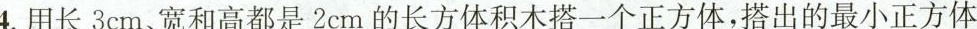
4.用长3cm、宽和高都是2cm的长方体积木搭一个正方体，搭出的最小正方体